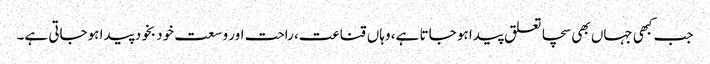
جب کبھی جہاں بھی سچا تعلق پیدا ہو جاتا ہے، وہاں قناعت، راحت اور وسعت خود بخود پیدا ہوجاتی ہے۔